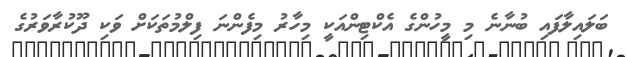
ބަލައިލާފައި ބުނާނެ މި މީހުންގެ އެކްޓިންއަކީ މިހާރު މިފެންނަ ފިލްމުތަކަށް ވަކި ދޫކުރާވަރުގެ